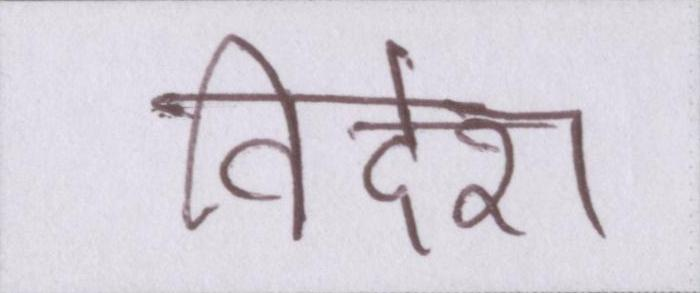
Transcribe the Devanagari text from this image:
विदेश